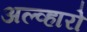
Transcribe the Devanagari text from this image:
अल्व्हारो